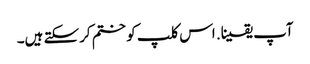
آپ یقینا. اس کلپ کو ختم کرسکتے ہیں۔